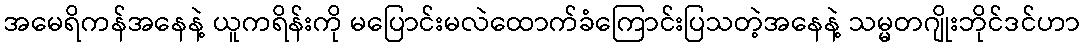
အမေရိကန်အနေနဲ့ ယူကရိန်းကို မပြောင်းမလဲထောက်ခံကြောင်းပြသတဲ့အနေနဲ့ သမ္မတဂျိုးဘိုင်ဒင်ဟာ